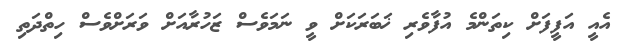
އެއީ އަފީފަށް ކިތަންމެ އުފާވެރި ޚަބަރަކަށް ވީ ނަމަވެސް ޒަހުރާއަށް ވަރަށްވެސް ހިތްދަތި